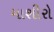
માશીરો